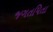
જગતપિતા